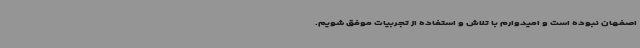
اصفهان نبوده است و امیدوارم با تلاش و استفاده از تجربیات موفق شویم.